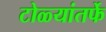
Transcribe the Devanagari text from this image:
टोळ्यांतर्फे